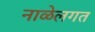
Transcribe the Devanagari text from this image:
नाळेलगत